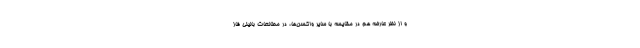
و از نظر عارضه هم در مقایسه با سایر واکسن‌ها، در مطالعات بالینی فاز